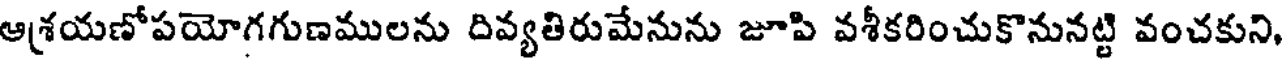
ఆశ్రయణోపయోగగుణములను దివ్యతిరుమేనును జూపి వశీకరించుకొనునట్టి వంచకుని,